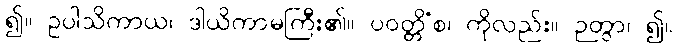
၍။ ဥပါသိကာယ၊ ဒါယိကာမကြီး၏။ ပဝတ္တိံစ၊ ကိုလည်း။ ဉတွာ၊ ၍။